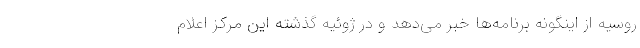
روسیه از اینگونه برنامه‌ها خبر می‌دهد و در ژوئیه گذشته این مرکز اعلام